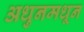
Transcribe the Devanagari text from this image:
अधुनमधून